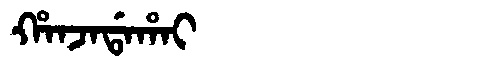
Manchu: ᡥᠠᠨᠵᠠᡩᠠᡥᠠᡳ
Romanization: HANJADAHAI